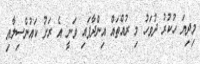
މިދިޔަ ހުކުރު ދުވަހު މި ރުއްތައް އިންދާފައި ވަނީ އެ ރަށު ކައުންސިލާއި